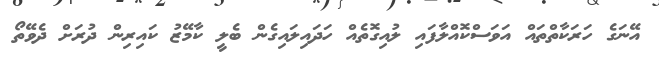
އޭނަގެ ހަރަކާތްތައް އަވަސްކޮއްލާފައި ލުއިގޮތެއް ހަދައިލައިގެން ބެލީ ކާމޭޒު ކައިރިން ދުރަށް ދެވޭތޯ